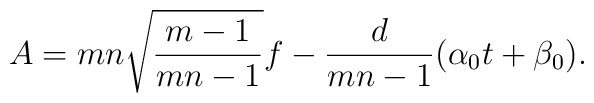
A = mn \sqrt{\frac{m-1}{mn-1}} f - \frac{d}{mn-1} (\alpha_0 t +\beta_0).